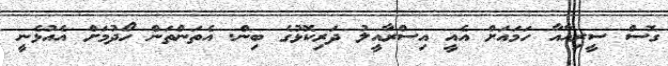
ގޮސް ސީރިއާއާ ހަމައަށް އެއީ އިސްރާއީލު ދަރިކޮޅުގެ ބިން. އެތަންތަން ހޯދުމަށް އެއުޅެނީ